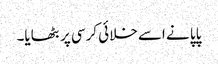
پاپا نے اسے خلائی کرسی پر بٹھایا۔